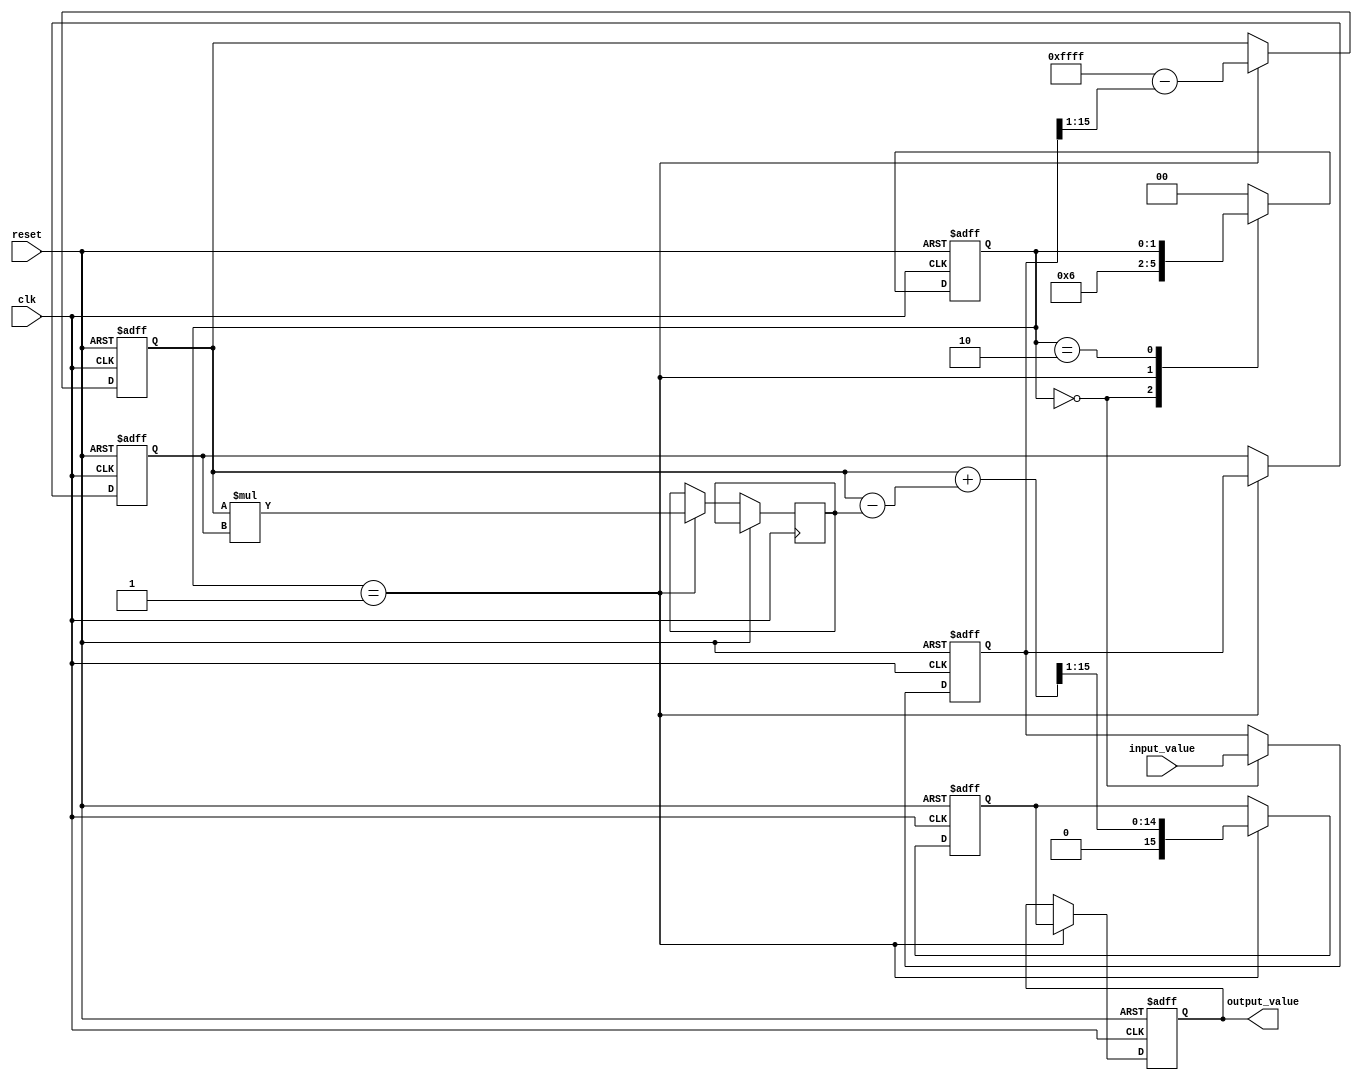
module SystolicArrayReciprocal(
    input wire clk,
    input wire reset,
    input wire [15:0] input_value, // 16-bit input value
    output reg [15:0] output_value // 16-bit output value
);

    // Parameters
    parameter N = 2; // Size of the systolic array (2x2)
    reg [15:0] PE [0:N-1][0:N-1]; // Processing Elements
    reg [15:0] temp_result;
    reg [1:0] state; // State for control logic

    // State encoding
    localparam IDLE = 2'b00;
    localparam PROCESS = 2'b01;
    localparam OUTPUT = 2'b10;

    // Initial values for the PEs
    integer i, j;

    always @(posedge clk or posedge reset) begin
        if (reset) begin
            // Reset all PEs and output
            for (i = 0; i < N; i = i + 1) begin
                for (j = 0; j < N; j = j + 1) begin
                    PE[i][j] <= 16'b0;
                end
            end
            output_value <= 16'b0;
            state <= IDLE;
        end else begin
            case (state)
                IDLE: begin
                    // Load input into the first PE
                    PE[0][0] <= input_value;
                    state <= PROCESS;
                end
                
                PROCESS: begin
                    // Simple iterative method for reciprocal (Newton-Raphson)
                    // PE[0][0] holds the input value
                    // PE[0][1] computes 1/x
                    // PE[1][0] computes x
                    // PE[1][1] computes the output
                    
                    // First row
                    PE[0][1] <= 16'hFFFF - (PE[0][0] >> 1); // Initial guess for reciprocal
                    PE[1][0] <= PE[0][0]; // Pass input down
                    
                    // Second row
                    temp_result <= PE[0][1] * PE[1][0]; // Multiply guess by input
                    PE[1][1] <= PE[0][1] + (PE[0][1] - temp_result) >> 1; // Update guess
                    
                    // Update output
                    output_value <= PE[1][1];

                    // Transition to output state
                    state <= OUTPUT;
                end
                
                OUTPUT: begin
                    // Output is ready
                    // Optionally, you can implement a mechanism to indicate when the output is valid
                    // Here we just stay in the output state
                end
                
                default: state <= IDLE;
            endcase
        end
    end
endmodule